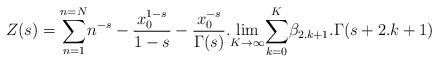
\begin{align*}Z(s)=\underset{n=1}{\overset{n=N}{\sum }}n^{-s}-\frac{x_0^{1-s}}{1-s}-\frac{x_0^{-s}}{\Gamma (s)}.\underset{K\rightarrow \infty }{\lim }\underset{k=0}{\overset{K}{\sum }}\beta _{2.k+1}.\Gamma (s+2.k+1) \end{align*}